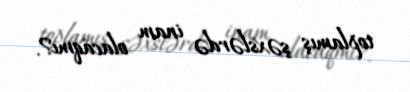
toplamış şəxslərdə inam olacaqmı?.